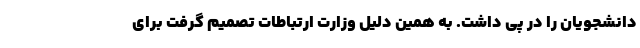
دانشجویان را در پی داشت. به همین دلیل وزارت ارتباطات تصمیم گرفت برای